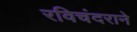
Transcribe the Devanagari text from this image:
रविचंदराने